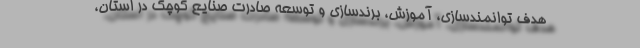
هدف توانمندسازی، آموزش، برندسازی و توسعه صادرت صنایع کوچک در استان،